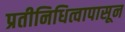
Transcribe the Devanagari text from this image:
प्रतीनिधित्वापासून